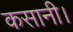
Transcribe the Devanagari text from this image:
कसानी।